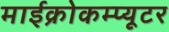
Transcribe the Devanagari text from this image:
माईक्रोकम्प्यूटर